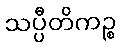
သပ္ပီတိကဉ္စ